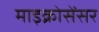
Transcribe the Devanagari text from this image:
माइक्रोसेंसर